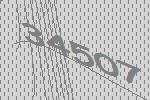
34507